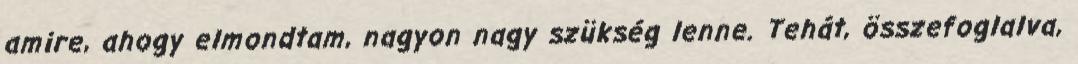
amire, ahogy elmondtam, nagyon nagy szükség lenne. Tehát, összefoglalva,